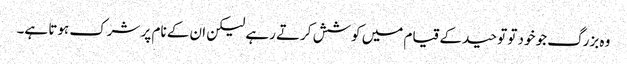
وہ بزرگ جو خود تو توحید کے قیام میں کوشش کرتے رہے لیکن ان کے نام پر شرک ہوتا ہے۔